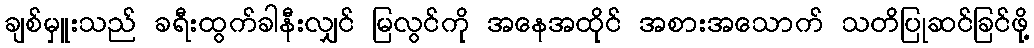
ချစ်မှူးသည် ခရီးထွက်ခါနီးလျှင် မြလွင်ကို အနေအထိုင် အစားအသောက် သတိပြုဆင်ခြင်ဖို့